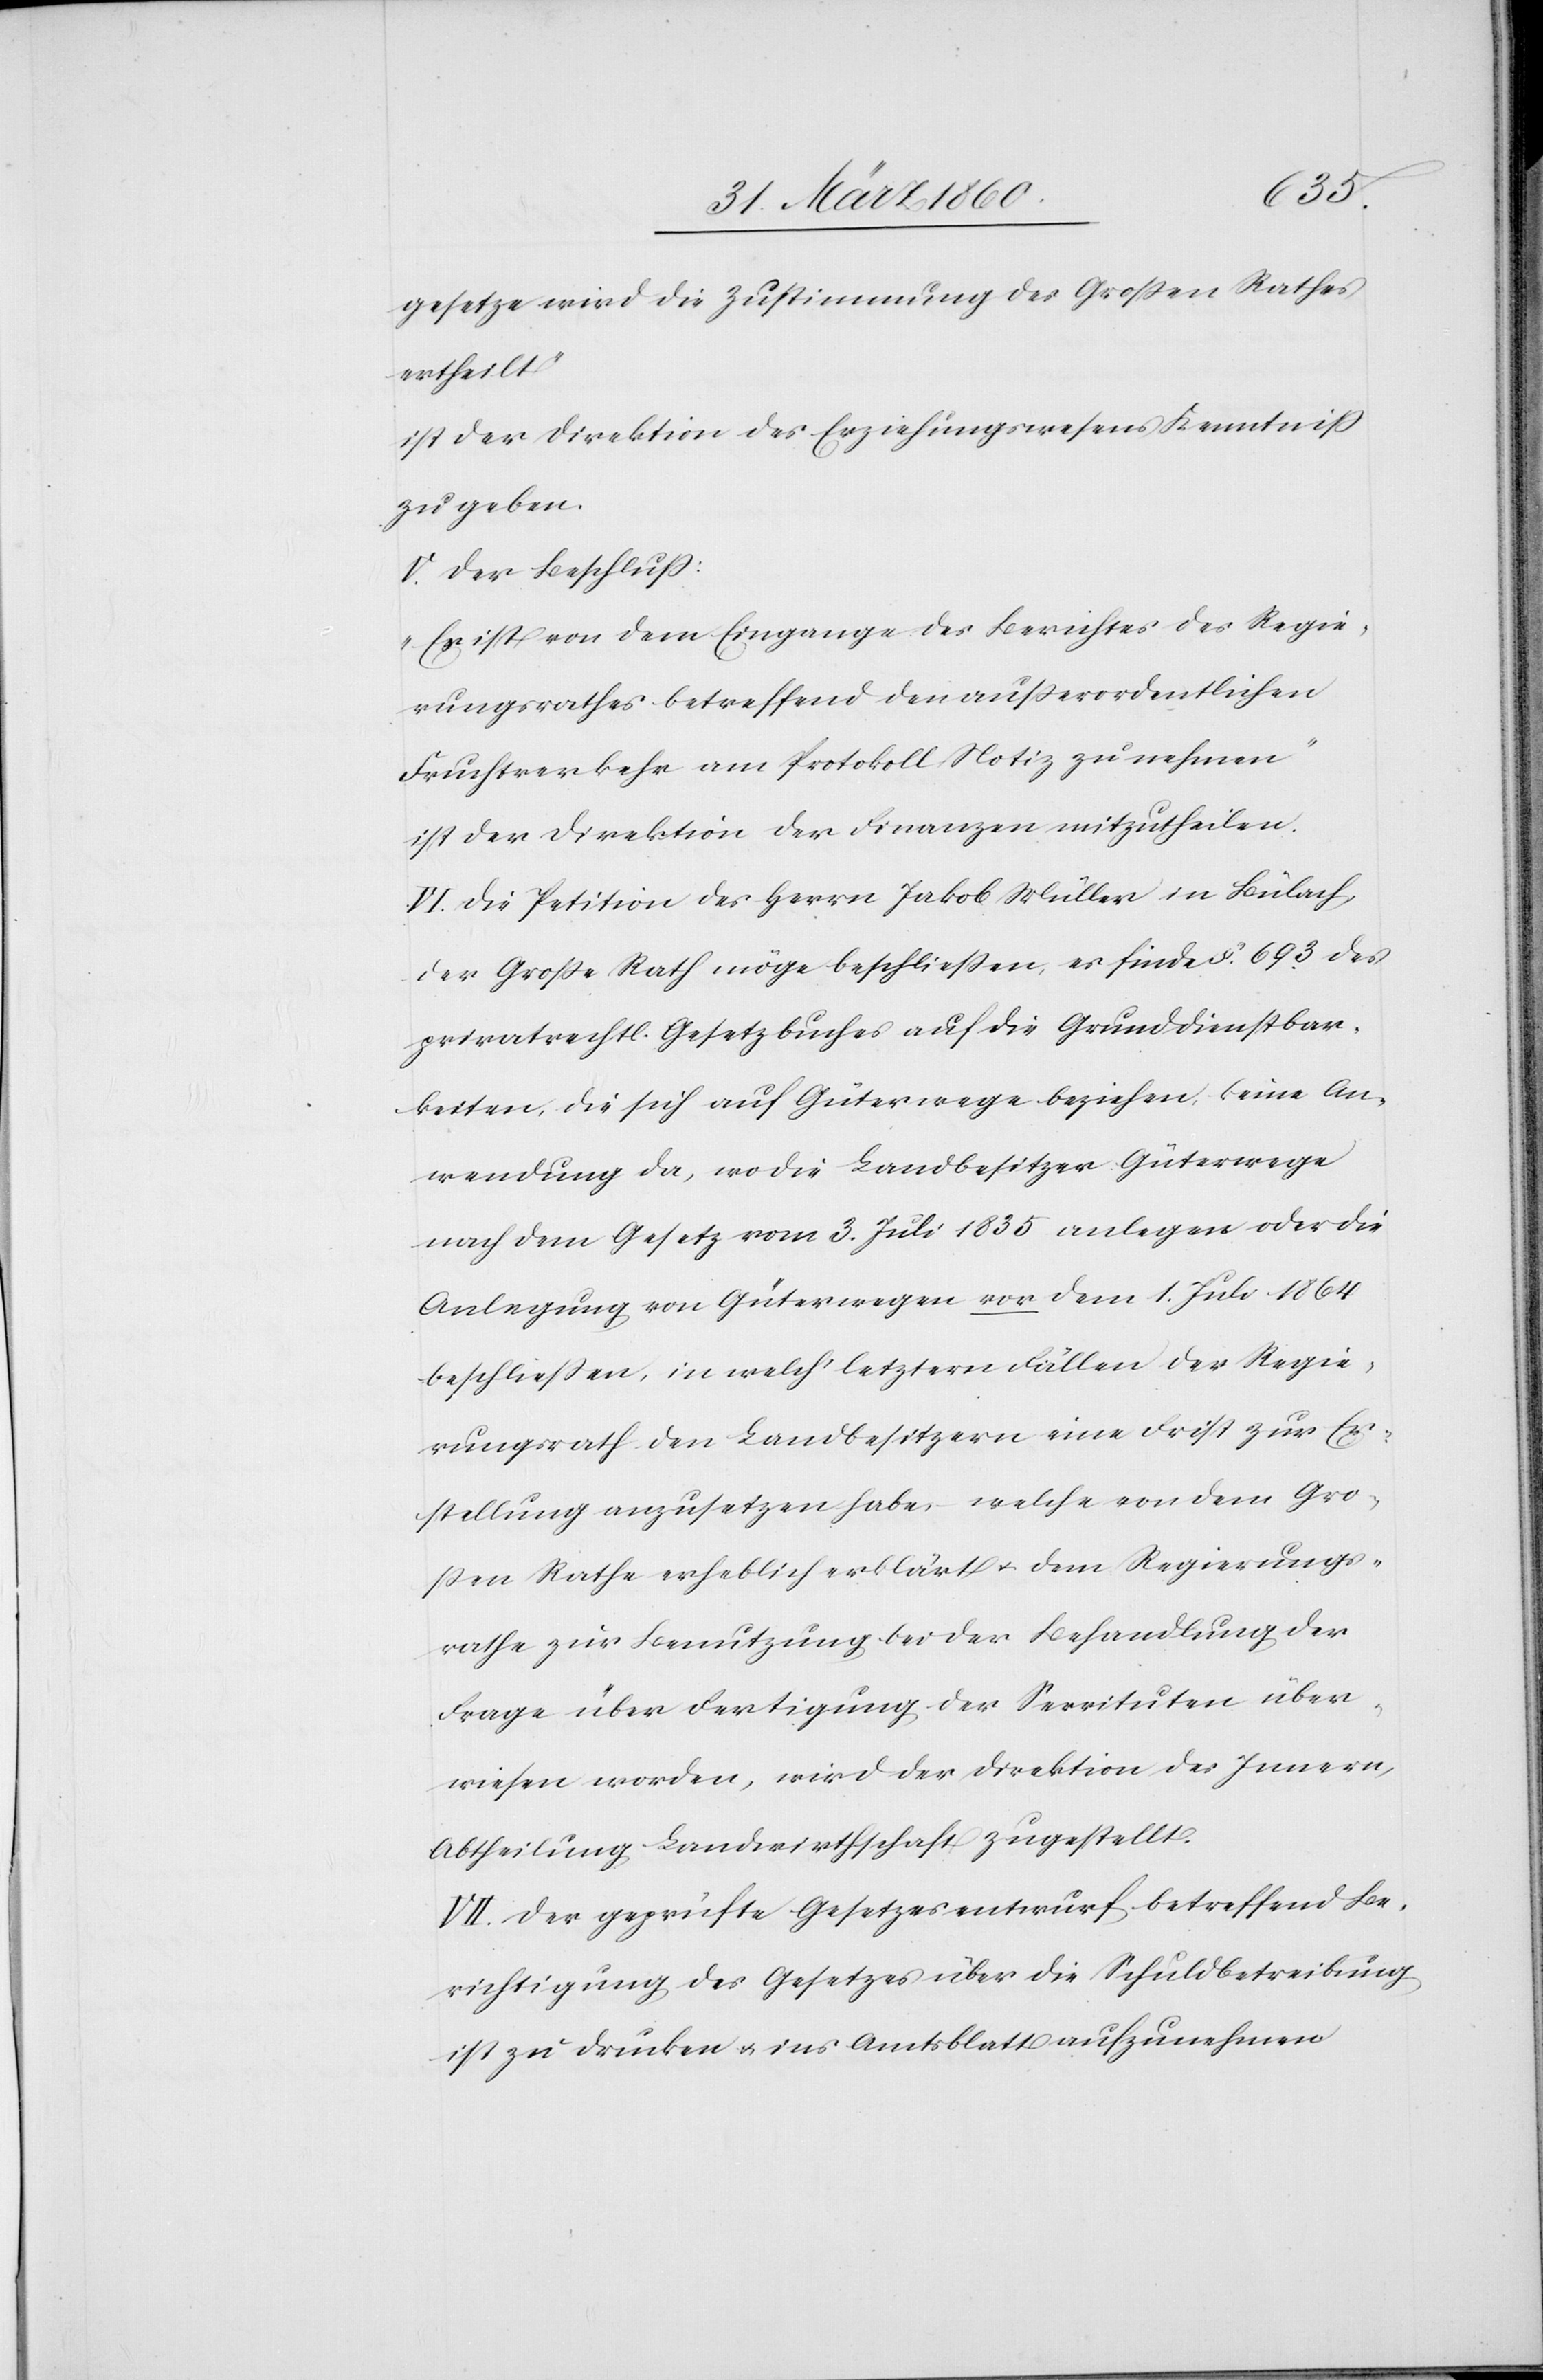
gesetze wird die Zustimmung des Grossen Rathes
ertheilt“
ist der Direktion des Erziehungswesens Kenntniß
zu geben.
V. Der Beschluss:
„Es ist von dem Eingange des Berichtes des Regie¬
rungsrathes betreffend den ausserordentlichen
Fruchtverkehr am Protokoll Notiz zu nehmen.“
ist der Direktion der Finanzen mitzutheilen.
VI. Die Petition des Herrn Jakob Müller in Bülach,
der Grosse Rath möge beschliessen, es finde §. 693 des
privatrechtl. Gesetzbuches auf die Grunddienstbar¬
keiten, die sich auf Güterwege beziehen, keine An¬
wendung da, wo die Landbesitzer Güterwege
nach dem Gesetz vom 3. Juli 1835 anlegen oder die
Anlegung von Güterwegen vor dem 1. Juli 1864
beschliessen, in welch’ letztern Fällen der Regie¬
rungsrath den Landbesitzern eine Frist zur Er¬
stellung anzusetzen habe, welche von dem Gro¬
ssen Rathe erheblich erklärt u. dem Regierungs¬
rathe zur Benutzung bei der Behandlung der
Frage über Fertigung der Servituten über¬
wiesen worden, wird der Direktion des Innern,
Abtheilung Landwirthschaft zugestellt.
VII. Der geprüfte Gesetzesentwurf betreffend Be¬
richtigung des Gesetzes über die Schuldbetreibung
ist zu drucken u. ins Amtsblatt aufzunehmen.